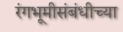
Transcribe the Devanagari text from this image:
रंगभूमीसंबंधीच्या